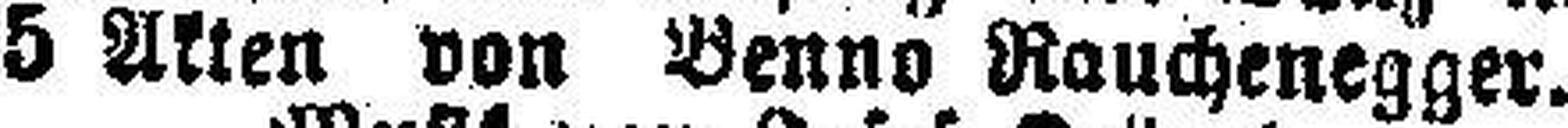
5 Akten von Benno Rauchenegger.